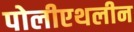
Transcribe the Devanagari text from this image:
पोलीएथलीन